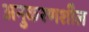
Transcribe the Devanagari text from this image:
अनुकरणशील